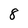
Character: 8